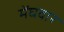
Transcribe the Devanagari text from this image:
मेंघवार